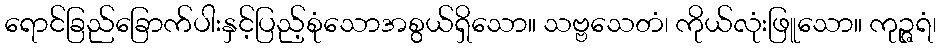
ရောင်ခြည်ခြောက်ပါးနှင့်ပြည့်စုံသောအစွယ်ရှိသော။ သဗ္ဗသေတံ၊ ကိုယ်လုံးဖြူသော။ ကုဉ္ဇရံ၊